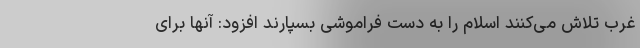
غرب تلاش می‌کنند اسلام را به دست فراموشی بسپارند افزود: آنها برای